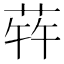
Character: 𬝀